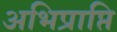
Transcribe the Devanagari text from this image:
अभिप्राप्ति